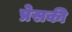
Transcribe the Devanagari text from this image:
प्रेसकी